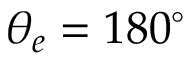
\theta _ { e } = 1 8 0 ^ { \circ }